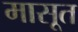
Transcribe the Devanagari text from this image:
मासूत